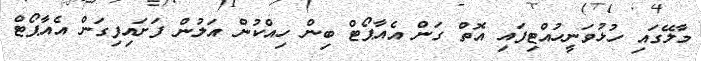
މާލޭގައި ހުޅުވަނީހުއްޓިފައި އޮތް ގަން އެއާޕޯޓް ބިން ހިއްކުން އަލުން ފަށައިފިގަން އެއާޕޯޓް